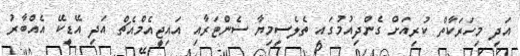
އަދި މިހަރަކާތް ކުރިއަށް ގެންދިއުމުގައި ތެލެސީމިޔާ ސެންޓަރާއި އައިޖީއެމްއެޗް އަދި އޭޑީކޭ އެއްބާރު